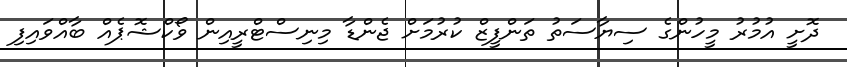
ދޮށީ އުމުރު މީހުންގެ ސިޔާސަތު ތަންފީޒް ކުރުމަށް ޖެންޑާ މިނިސްޓްރީއިން ވޯކްޝޮޕެއް ބާއްވައިފި